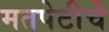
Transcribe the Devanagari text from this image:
मतपेटीचे